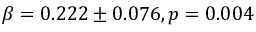
\beta = 0 . 2 2 2 \pm 0 . 0 7 6 , p = 0 . 0 0 4